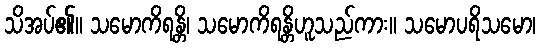
သိအပ်၏။ သမောကိရန္တိ၊ သမောကိရန္တိဟူသည်ကား။ သမောပရိသမော၊